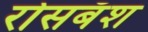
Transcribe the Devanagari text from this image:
रोसबॅश